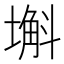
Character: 𡐗